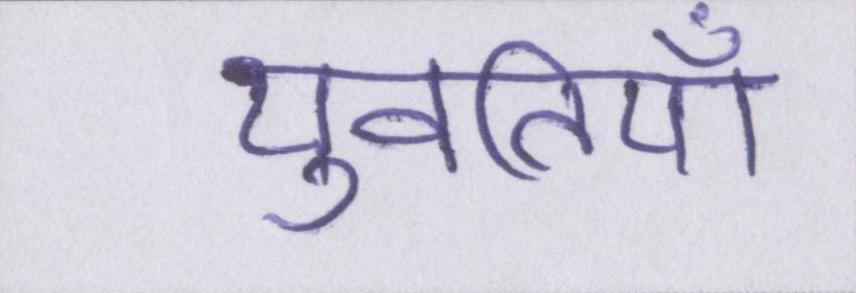
युवतियाँ